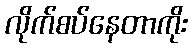
လိုက်စပ်နေတာကိုး